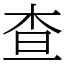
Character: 查